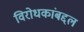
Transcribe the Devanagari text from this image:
विरोधकांबद्दल